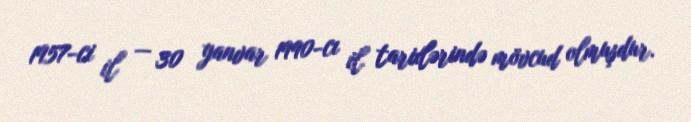
1957-ci il — 30 yanvar 1990-cı il tarixlərində mövcud olmuşdur.